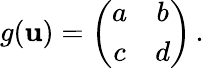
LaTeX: g(\mathbf{u})=\left(\begin{array}{cc}{{a}}&{{b}}\\ {{c}}&{{d}}\end{array}\right)\, .